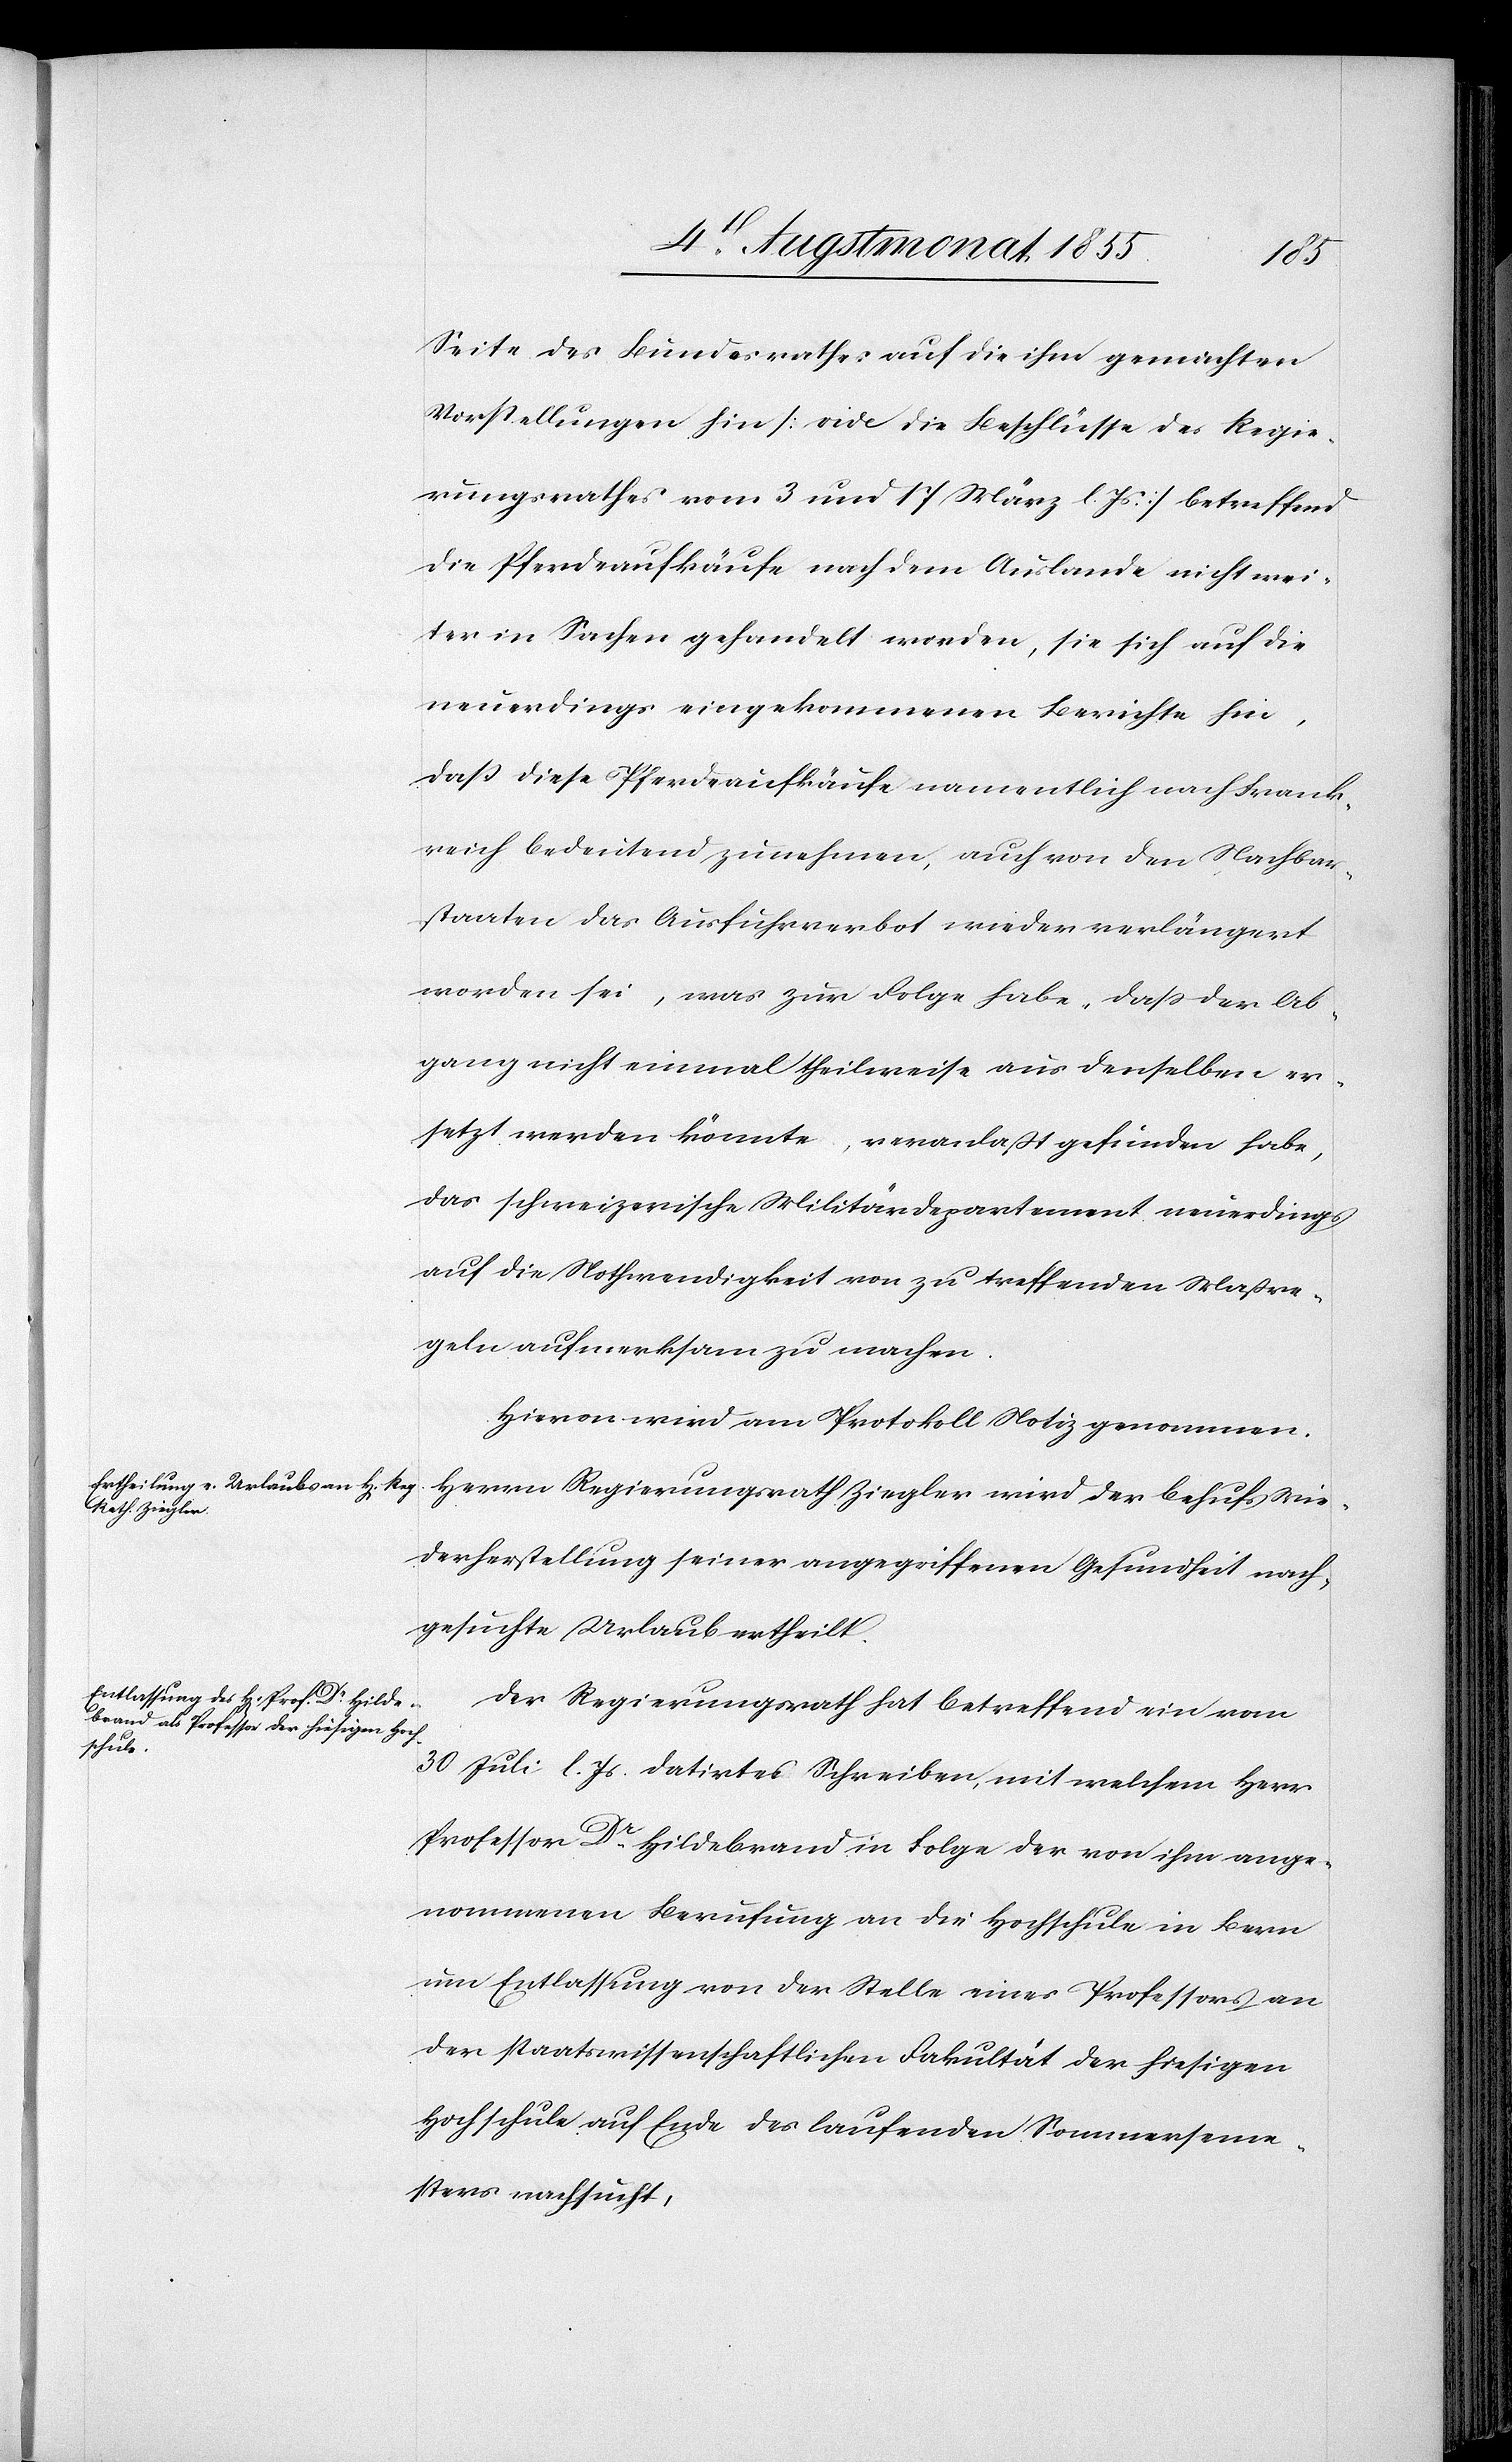
Seite des Bundesrathes auf die ihm gemachten
Vorstellungen hin [vide die Beschlüsse des Regie¬
rungsrathes vom 3 und 17 März l. Js.] betreffend
die Pferdeaufkäufe nach dem Auslande nicht wei¬
ter in Sachen gehandelt worden, sie sich auf die
neuerdings eingekommenen Berichte hin,
daß diese Pferdeaufkäufe namentlich nach Frank¬
reich bedeutend zunehmen, auch von den Nachbar¬
staaten das Ausfuhrverbot wieder verlängert
worden sei, was zur Folge habe, dass der Ab¬
gang nicht einmal theilweise aus denselben er¬
setzt werden könnte, veranlaßt gefunden habe,
das schweizerische Militärdepartement neuerdings
auf die Nothwendigkeit von zu treffenden Maßre¬
geln aufmerksam zu machen.
Hievon wird am Protokoll Notiz genommen.
Herrn Regierungsrath Ziegler wird der behufs Wie¬
derherstellung seiner angegriffenen Gesundheit nach¬
gesuchte Urlaub ertheilt.
Der Regierungsrath hat betreffend ein vom
30 Juli l. Js. datirtes Schreiben, mit welchem Herr
Professor Dr. Hildebrand in Folge der von ihm ange¬
nommenen Berufung an die Hochschule in Bern
um Entlassung von der Stelle eines Professors an
der staatswissenschaftlichen Fakultät der hiesigen
Hochschule auf Ende des laufenden Sommerseme¬
sters nachsucht,